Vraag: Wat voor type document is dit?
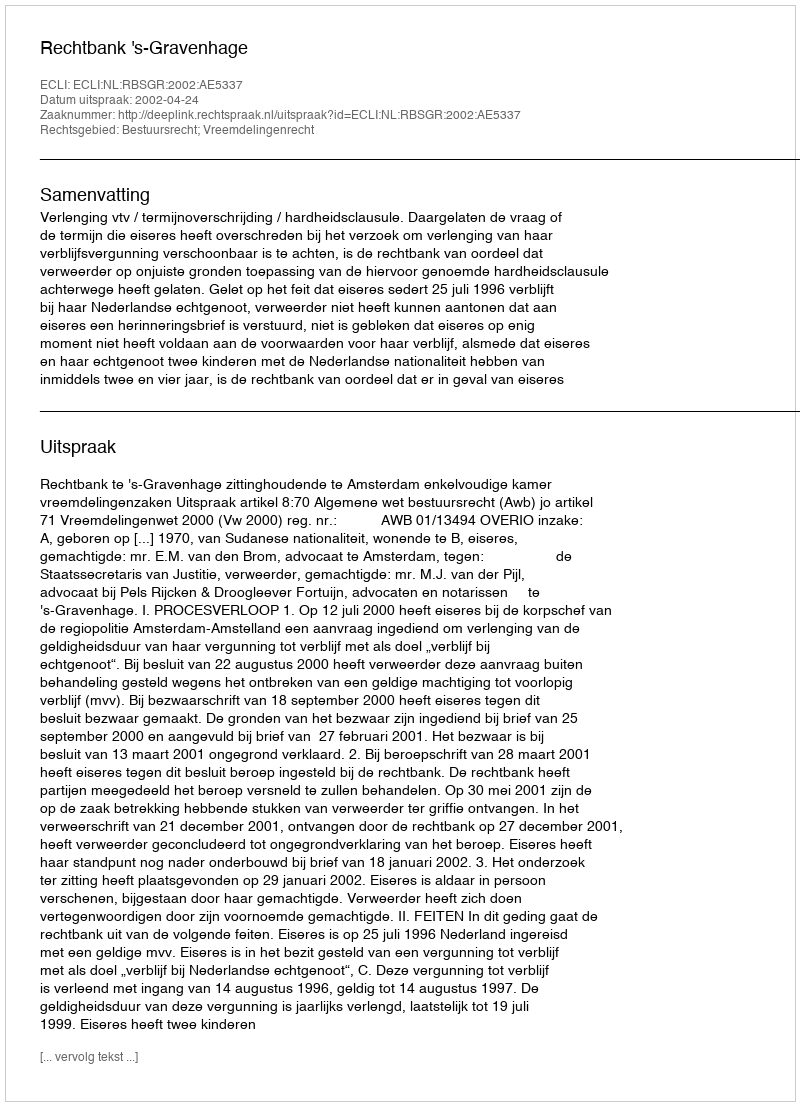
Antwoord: Uitspraak